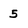
Character: 5